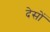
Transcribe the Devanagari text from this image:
देसों